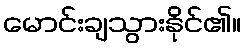
မောင်းချသွားနိုင်၏။